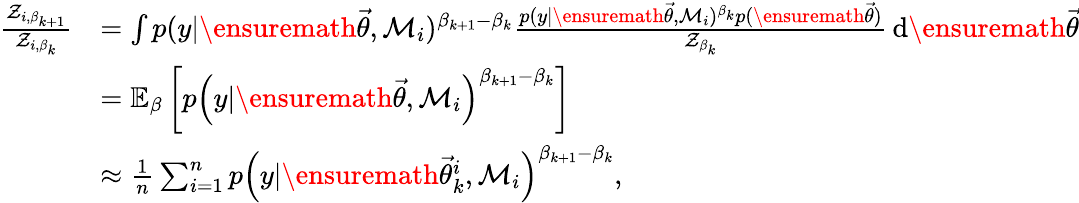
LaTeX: \begin{array}{rl}{\frac{\mathcal{Z}_{i,\beta_{k+1}}}{\mathcal{Z}_{i,\beta_{k}}}}&{=\int p(y|\ensuremath{\vec{\theta}},\mathcal{M}_{i})^{\beta_{k+1}-\beta_{k}}\frac{p(y|\ensuremath{\vec{\theta}},\mathcal{M}_{i})^{\beta_{k}}p(\ensuremath{\vec{\theta}})}{\mathcal{Z}_{\beta_{k}}}\, \mathrm{d}\ensuremath{\vec{\theta}}}\\ &{=\mathbb{E}_{\beta}\left[p\left(y\vert\ensuremath{\vec{\theta}},\mathcal{M}_{i}\right)^{\beta_{k+1}-\beta_{k}}\right]}\\ &{\approx\frac{1}{n}\sum_{i=1}^{n}p\left(y\vert\ensuremath{\vec{\theta}}_{k}^{i},\mathcal{M}_{i}\right)^{\beta_{k+1}-\beta_{k}},}\end{array}